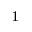
^ 1